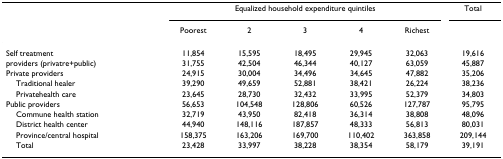
|  | <COLSPAN=5> Equalized household expenditure quintiles | Total |
 |  | Poorest | 2 | 3 | 4 | Richest |  |
 | --- | --- | --- | --- | --- | --- | --- |
 | Self treatment | 11,854 | 15,595 | 18,495 | 29,945 | 32,063 | 19,616 |
 | providers (privatre+public) | 31,755 | 42,504 | 46,344 | 40,127 | 63,059 | 45,887 |
 | Private providers | 24,915 | 30,004 | 34,496 | 34,645 | 47,882 | 35,206 |
 | Traditional healer | 39,290 | 49,659 | 52,881 | 38,421 | 26,224 | 38,236 |
 | Privatehealth care | 23,645 | 28,730 | 32,432 | 33,995 | 52,379 | 34,803 |
 | Public providers | 56,653 | 104,548 | 128,806 | 60,526 | 127,787 | 95,795 |
 | Commune health station | 32,719 | 43,950 | 82,418 | 36,314 | 38,808 | 48,096 |
 | District health center | 44,940 | 148,116 | 187,857 | 48,333 | 56,813 | 80,031 |
 | Province/central hospital | 158,375 | 163,206 | 169,700 | 110,402 | 363,858 | 209,144 |
 | Total | 23,428 | 33,997 | 38,228 | 38,354 | 58,179 | 39,191 |